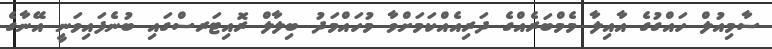
ސާމިއުލް ހައްގުގެ އާއިލާ މެމްބަރެއްގެ ދަރިއެއްކަމަށްވާ މުހައްމަދު ބިލާލް ރޮއިޓަރސްގައި ބުނެފައިވަނީ އޭނާގެ